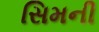
સિમની